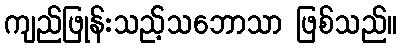
ကျည်ဖြုန်းသည့်သဘောသာ ဖြစ်သည်။